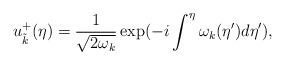
LaTeX: \begin{align*}u^+_{\tilde{k}} (\eta) = \frac{1}{\sqrt{2 \omega_k}} \exp (-i \int^{\eta}\omega_k(\eta') d \eta'),\end{align*}